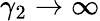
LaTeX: \gamma_{2}\to\infty